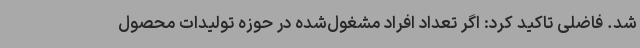
شد. فاضلی تاکید کرد: اگر تعداد افراد مشغول‌شده در حوزه تولیدات محصول